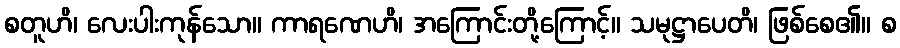
စတူဟိ၊ လေးပါးကုန်သော။ ကာရဏေဟိ၊ အကြောင်းတို့ကြောင့်။ သမုဋ္ဌာပေတိ၊ ဖြစ်စေ၏။ စ